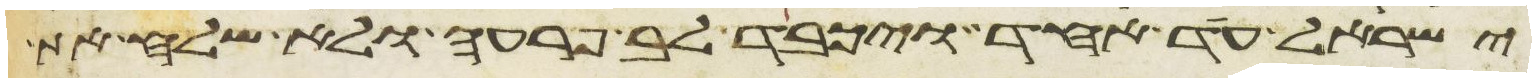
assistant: ישראל עד אחד ויכבד לב פרעה ולא שלח את